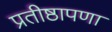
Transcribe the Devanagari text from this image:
प्रतीष्ठापणा